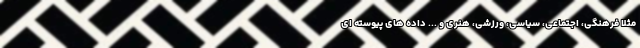
مثلا فرهنگی، اجتماعی، سیاسی، ورزشی، هنری و ... داده های پیوسته ای